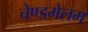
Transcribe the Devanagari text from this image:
चेण्डमेलम